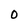
Character: 0